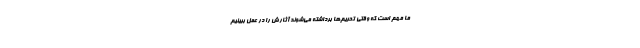
ما مهم است که وقتی تحریم‌ها برداشته می‌شوند آثارش را در عمل ببینیم